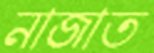
নাজাত